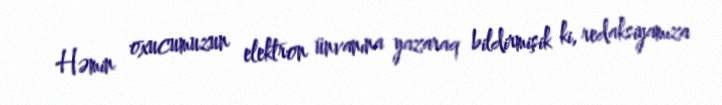
Həmin oxucumuzun elektron ünvanına yazaraq bildirmişik ki, redaksiyamıza